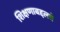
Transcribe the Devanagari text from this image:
शिक्षणाबद्दलचे